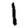
Digit: 1